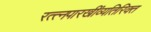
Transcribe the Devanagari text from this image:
रत्त्‍नपारखींव्यतिरिक्त